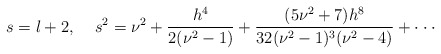
\begin{align*}s=l+2,\;\;\;\;s^2 = \nu^2+\frac{h^4}{2(\nu^2-1)}+\frac{(5\nu^2+7)h^8}{32(\nu^2-1)^3(\nu^2-4)}+\cdot\cdot\cdot\end{align*}